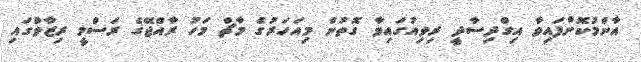
އާންމުކޮށްފައިވާ އިގްދިސާދީ ރިވިއުގައިވާ ގޮތުން މިއަހަރުގެ މާޗް މަހު ރާއްޖޭގެ ރަސްމީ ރިޒާވްގައި